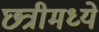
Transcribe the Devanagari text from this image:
छत्रीमध्ये